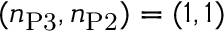
( n _ { \mathrm { P 3 } } , n _ { \mathrm { P 2 } } ) = ( 1 , 1 )